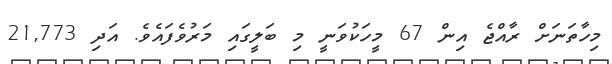
މިހާތަނަށް ރާއްޖެ އިން 67 މީހަކުވަނީ މި ބަލީގައި މަރުވެފައެވެ. އަދި 21